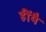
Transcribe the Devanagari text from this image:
हींयै